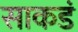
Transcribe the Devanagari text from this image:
साकडं